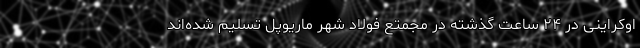
اوکراینی در ۲۴ ساعت گذشته در مجمتع فولاد شهر ماریوپل تسلیم شده‌اند